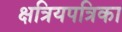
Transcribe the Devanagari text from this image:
क्षत्रियपत्रिका